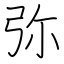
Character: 弥